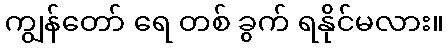
ကျွန်တော် ရေ တစ် ခွက် ရနိုင်မလား။